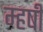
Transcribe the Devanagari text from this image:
म्हषी